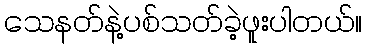
သေနတ်နဲ့ပစ်သတ်ခဲ့ဖူးပါတယ်။